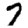
Digit: 7